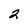
Character: 2